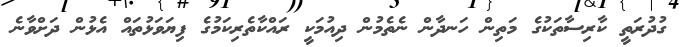
ގުދުރަތީ ކާރިސާތަކުގެ މަތިން ހަނދާން ނެތެމުން ދިއުމަކީ ރައްކާތެރިކަމުގެ ފިޔަވަޅުތައް އެޅުން ދަށްވާނެ